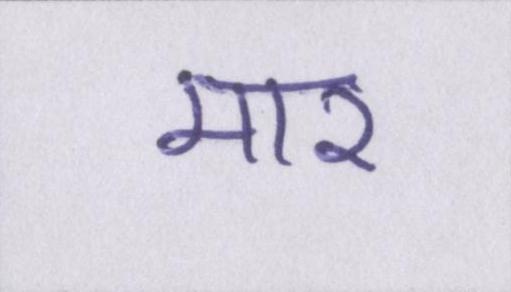
मार